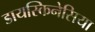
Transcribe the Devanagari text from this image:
डायस्किनेसिया